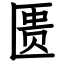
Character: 匮